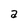
Character: a